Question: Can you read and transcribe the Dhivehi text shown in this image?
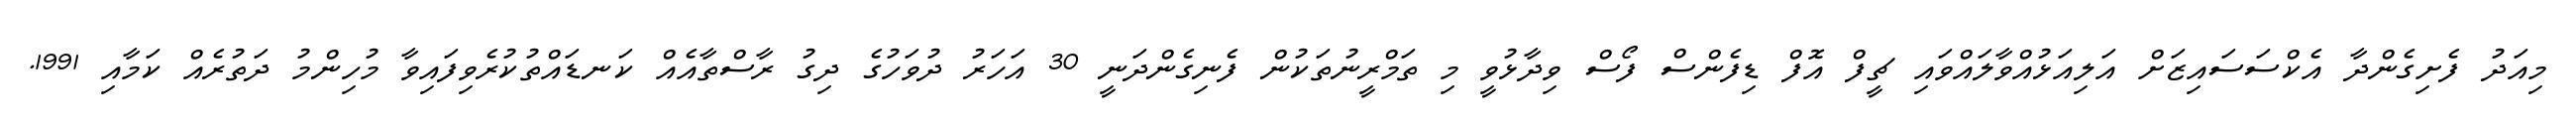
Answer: މިއަދު ފެށިގެންދާ އެކްސަސައިޒަށް އަލިއަޅުއްވާލައްވައި ޗީފް އޮފް ޑިފެންސް ފޯސް ވިދާޅުވީ މި ތަމްރީނުތަކުން ފެނިގެންދަނީ 30 އަހަރު ދުވަހުގެ ދިގު ރާސްތާއެއް ކަނޑައްތުކުރެވިފައިވާ މުހިންމު ދަތުރެއް ކަމާއި 1991.